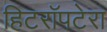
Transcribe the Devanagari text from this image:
हिटरॉपटेरा